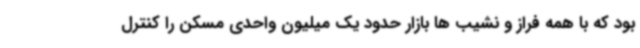
بود که با همه فراز و نشیب ها بازار حدود یک میلیون واحدی مسکن را کنترل